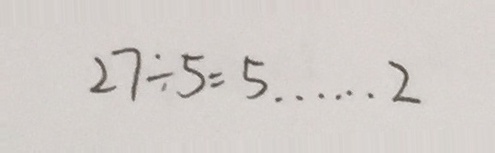
2 7 \div 5 = 5 \cdots 2